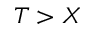
T > X